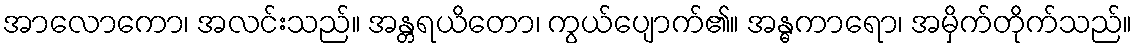
အာလောကော၊ အလင်းသည်။ အန္တရယိတော၊ ကွယ်ပျောက်၏။ အန္ဓကာရော၊ အမှိက်တိုက်သည်။